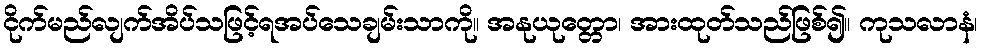
ငိုက်မည်လျက်အိပ်သဖြင့်ရအပ်သေချမ်းသာကို။ အနုယုတ္တော၊ အားထုတ်သည်ဖြစ်၍။ ကုသလာနံ၊